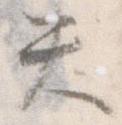
失